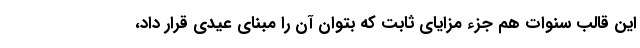
این قالب سنوات هم جزء مزایای ثابت که بتوان آن را مبنای عیدی قرار داد،